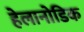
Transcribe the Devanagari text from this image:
हेलानोडिक